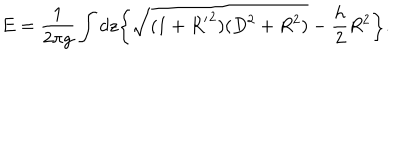
LaTeX: E = \frac { 1 } { 2 \pi g } \int d z \bigg \{ \sqrt { ( 1 + { R ^ { \prime } } ^ { 2 } ) ( D ^ { 2 } + R ^ { 2 } ) } - \frac { h } { 2 } R ^ { 2 } \bigg \} .